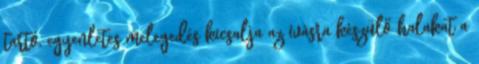
tartó, egyenletes melegedés kicsalja az ívásra készülő halakat a